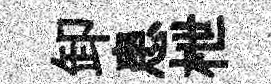
卸患枻